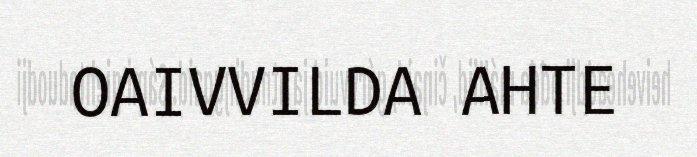
OAIVVILDA AHTE